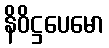
နိဝိဋ္ဌပေမော